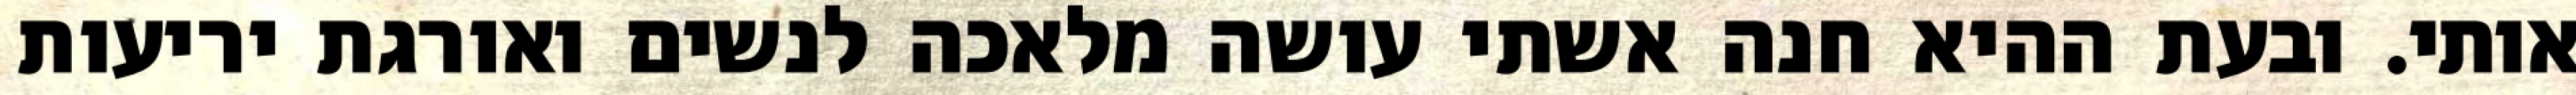
אותי. ובעת ההיא חנה אשתי עושה מלאכה לנשים ואורגת יריעות